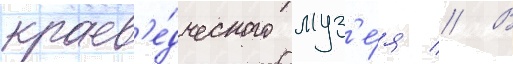
краев'е́дческого муз'е́я // В